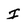
Character: I